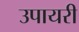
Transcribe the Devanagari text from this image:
उपायरी